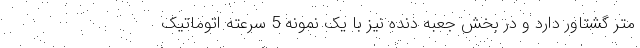
متر گشتاور دارد و در بخش جعبه دنده نیز با یک نمونه 5 سرعته اتوماتیک